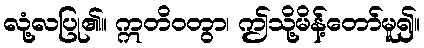
လုံ့လပြု၏။ ဣတိဝတွာ၊ ဤသို့မိန့်တော်မူ၍။